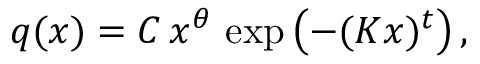
q ( x ) = C \, x ^ { \theta } \, \exp \left( - ( K x ) ^ { t } \right) ,